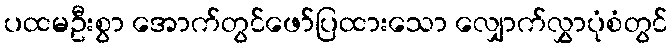
ပထမဦးစွာ အောက်တွင်ဖော်ပြထားသော လျှောက်လွှာပုံစံတွင်